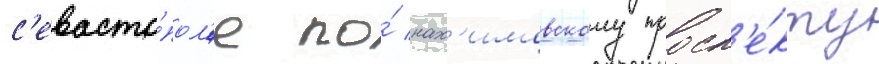
с'евасто́пол'е по́ нах'имовскому просп'е́кту